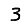
Digit: 3